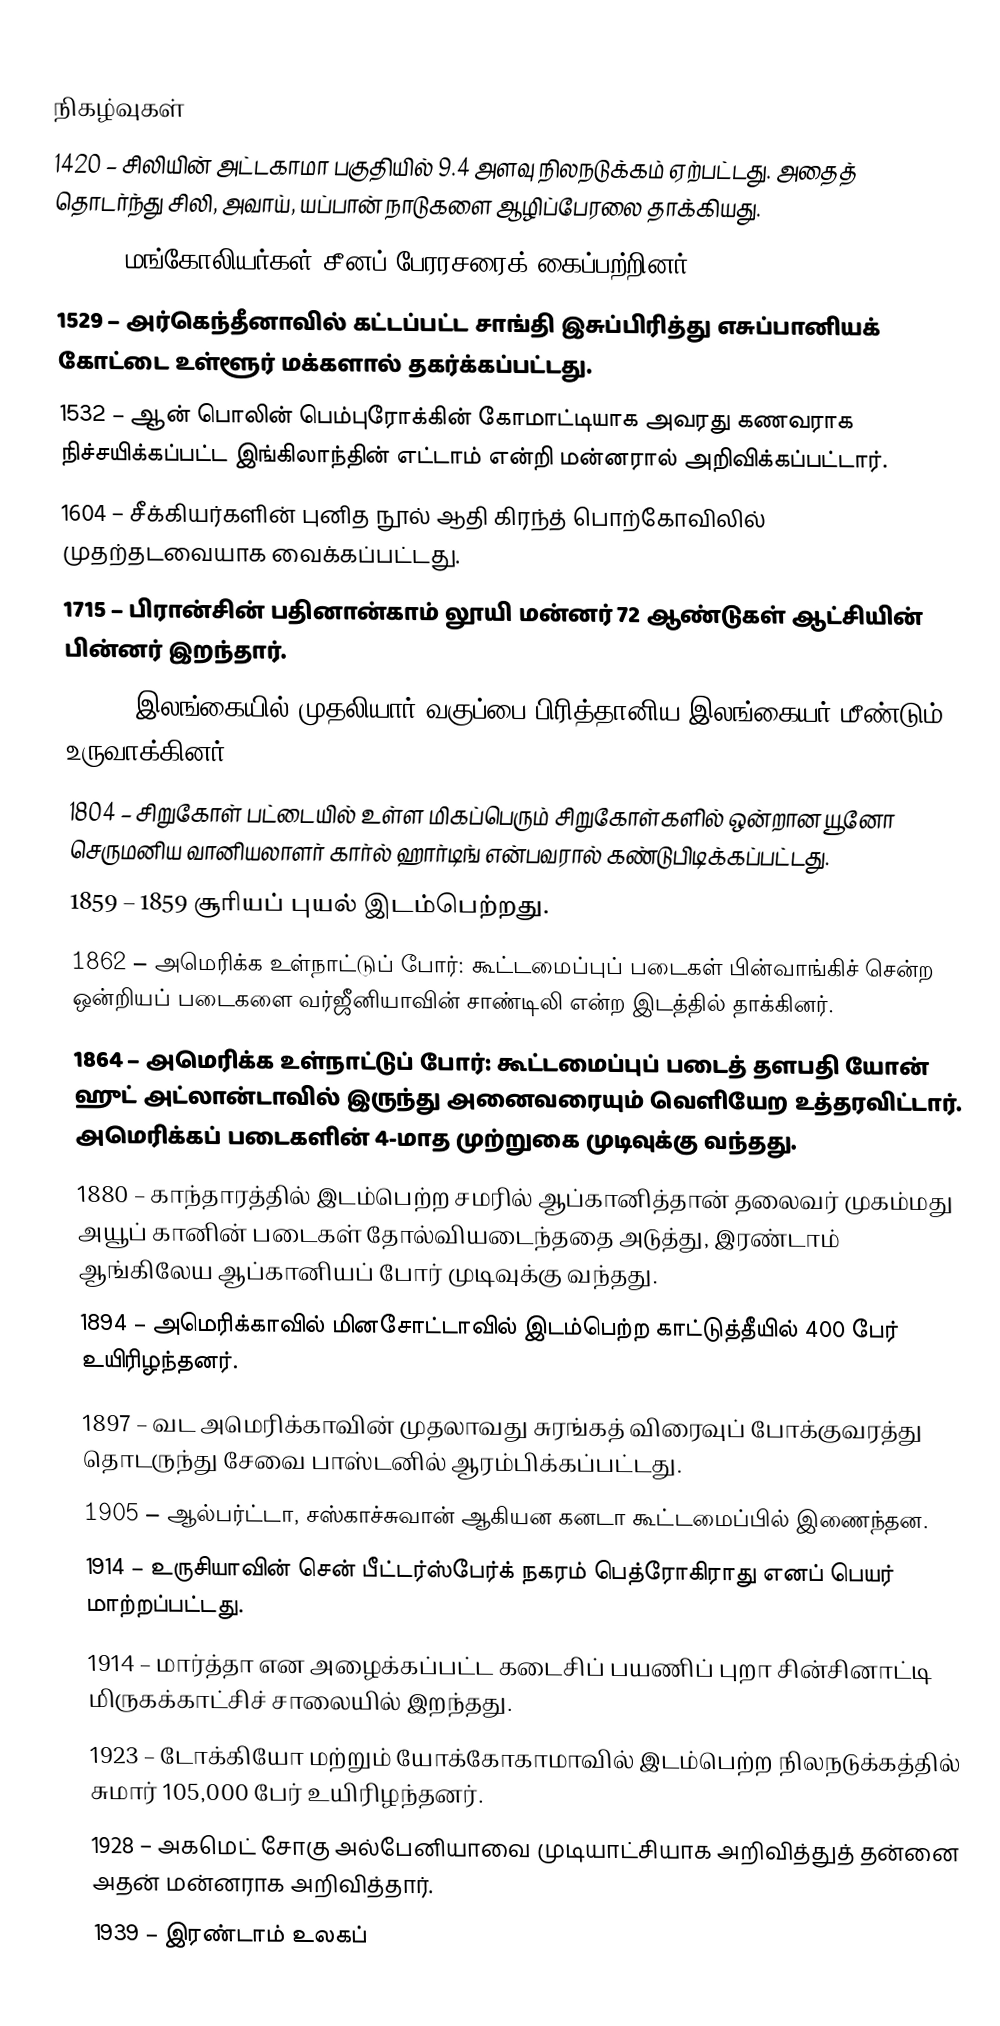

நிகழ்வுகள்
1420 – சிலியின் அட்டகாமா பகுதியில் 9.4 அளவு நிலநடுக்கம் ஏற்பட்டது. அதைத் தொடர்ந்து சிலி, அவாய், யப்பான் நாடுகளை ஆழிப்பேரலை தாக்கியது.
1449 – மங்கோலியர்கள் சீனப் பேரரசரைக் கைப்பற்றினர்.
1529 – அர்கெந்தீனாவில் கட்டப்பட்ட சாங்தி இசுப்பிரித்து எசுப்பானியக் கோட்டை உள்ளூர் மக்களால் தகர்க்கப்பட்டது.
1532 – ஆன் பொலின் பெம்புரோக்கின் கோமாட்டியாக அவரது கணவராக நிச்சயிக்கப்பட்ட இங்கிலாந்தின் எட்டாம் என்றி மன்னரால் அறிவிக்கப்பட்டார்.
1604 – சீக்கியர்களின் புனித நூல் ஆதி கிரந்த் பொற்கோவிலில் முதற்தடவையாக வைக்கப்பட்டது.
1715 – பிரான்சின் பதினான்காம் லூயி மன்னர் 72 ஆண்டுகள் ஆட்சியின் பின்னர் இறந்தார்.
1798 – இலங்கையில் முதலியார் வகுப்பை பிரித்தானிய இலங்கையர் மீண்டும் உருவாக்கினர்.
1804 – சிறுகோள் பட்டையில் உள்ள மிகப்பெரும் சிறுகோள்களில் ஒன்றான யூனோ செருமனிய வானியலாளர் கார்ல் ஹார்டிங் என்பவரால் கண்டுபிடிக்கப்பட்டது.
1859 – 1859 சூரியப் புயல் இடம்பெற்றது.
1862 – அமெரிக்க உள்நாட்டுப் போர்: கூட்டமைப்புப் படைகள் பின்வாங்கிச் சென்ற ஒன்றியப் படைகளை வர்ஜீனியாவின் சாண்டிலி என்ற இடத்தில் தாக்கினர்.
1864 – அமெரிக்க உள்நாட்டுப் போர்: கூட்டமைப்புப் படைத் தளபதி யோன் ஹுட் அட்லான்டாவில் இருந்து அனைவரையும் வெளியேற உத்தரவிட்டார். அமெரிக்கப் படைகளின் 4-மாத முற்றுகை முடிவுக்கு வந்தது.
1880 – காந்தாரத்தில் இடம்பெற்ற சமரில் ஆப்கானித்தான் தலைவர் முகம்மது அயூப் கானின் படைகள் தோல்வியடைந்ததை அடுத்து, இரண்டாம் ஆங்கிலேய ஆப்கானியப் போர் முடிவுக்கு வந்தது.
1894 – அமெரிக்காவில் மினசோட்டாவில் இடம்பெற்ற காட்டுத்தீயில் 400 பேர் உயிரிழந்தனர்.
1897 – வட அமெரிக்காவின் முதலாவது சுரங்கத் விரைவுப் போக்குவரத்து தொடருந்து சேவை பாஸ்டனில் ஆரம்பிக்கப்பட்டது.
1905 – ஆல்பர்ட்டா, சஸ்காச்சுவான் ஆகியன கனடா கூட்டமைப்பில் இணைந்தன.
1914 – உருசியாவின் சென் பீட்டர்ஸ்பேர்க் நகரம் பெத்ரோகிராது எனப் பெயர் மாற்றப்பட்டது.
1914 – மார்த்தா என அழைக்கப்பட்ட கடைசிப் பயணிப் புறா சின்சினாட்டி மிருகக்காட்சிச் சாலையில் இறந்தது.
1923 – டோக்கியோ மற்றும் யோக்கோகாமாவில் இடம்பெற்ற நிலநடுக்கத்தில் சுமார் 105,000 பேர் உயிரிழந்தனர்.
1928 – அகமெட் சோகு அல்பேனியாவை முடியாட்சியாக அறிவித்துத் தன்னை அதன் மன்னராக அறிவித்தார்.
1939 – இரண்டாம் உலகப்